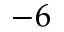
- 6